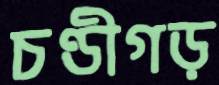
চণ্ডীগড়